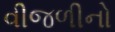
વીજળીનો